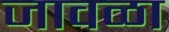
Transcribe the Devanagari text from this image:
जावळा